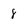
Character: 8